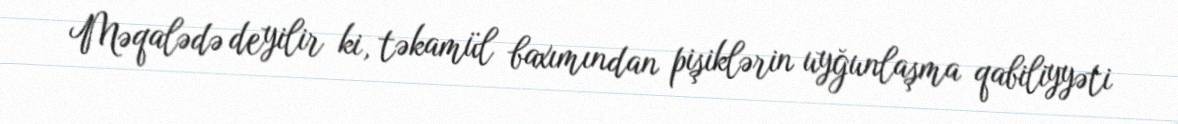
Məqalədə deyilir ki, təkamül baxımından pişiklərin uyğunlaşma qabiliyyəti